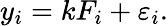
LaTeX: y_{i}=kF_{i}+\varepsilon_{i}.